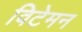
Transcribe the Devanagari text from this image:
विटेमन